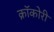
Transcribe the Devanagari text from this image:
क्रॉकोरी